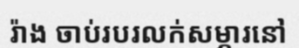
រ៉ាង ចាប់របរលក់សម្ភារនៅ